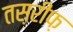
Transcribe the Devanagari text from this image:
तस़रीफ़